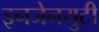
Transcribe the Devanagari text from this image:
इनजेनयुटी